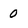
Character: 0